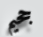
جحيم